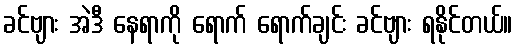
ခင်ဗျား အဲဒီ နေရာကို ရောက် ရောက်ချင်း ခင်ဗျား ရနိုင်တယ်။